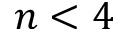
n < 4